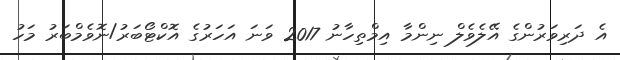
އެ ދަރިވަރުންގެ އޭލެވެލް ނިންމާ އިމްތިހާނު 2017 ވަނަ އަހަރުގެ އޮކްޓޯބަރު/ނޮވެމްބަރު މަހު